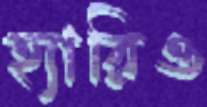
হ্যারিও